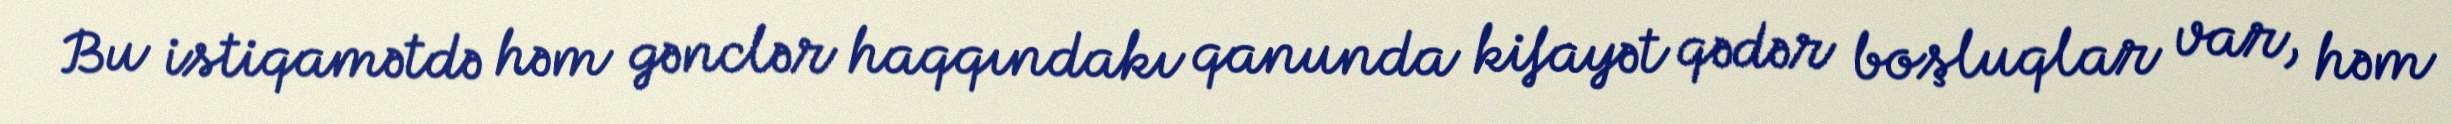
Bu istiqamətdə həm gənclər haqqındakı qanunda kifayət qədər boşluqlar var, həm